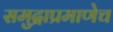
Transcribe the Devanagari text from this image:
समुद्राप्रमाणेच